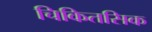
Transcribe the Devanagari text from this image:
चिकितसिक